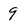
Character: 9